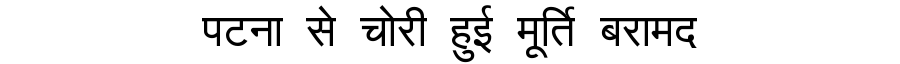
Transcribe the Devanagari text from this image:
पटना से चोरी हुई मूर्ति बरामद